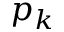
p _ { k }